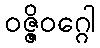
ဝဇ္ဇိဝဂ္ဂေါ